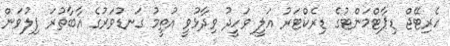
ހެރިޓޭޖް ޑިޕާޓްމަންޓުގެ ޑިރެކްޓަރު އަލީ ވަހީދު ވިދާޅުވީ އުތީމު ގަނޑުވަރުގެ އާބާތުރަ ފިލުވަން